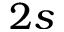
2 s